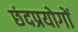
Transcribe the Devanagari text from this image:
छंदप्रयोगों